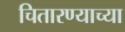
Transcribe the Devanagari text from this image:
चितारण्याच्या